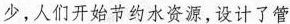
少，人们开始节约水资源，设计了管道输水、地膜覆盖等技术。